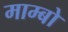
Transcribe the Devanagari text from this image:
माम्बो